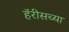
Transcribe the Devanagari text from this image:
हॅरीसच्या